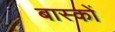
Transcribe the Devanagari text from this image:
बास्कों